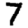
Digit: 7